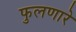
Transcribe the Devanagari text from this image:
फुलणारे